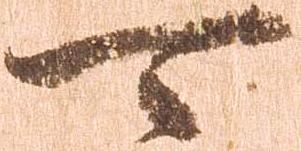
可